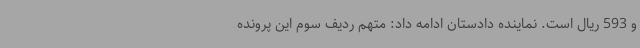
و 593 ریال است. نماینده دادستان ادامه داد: متهم ردیف سوم این پرونده